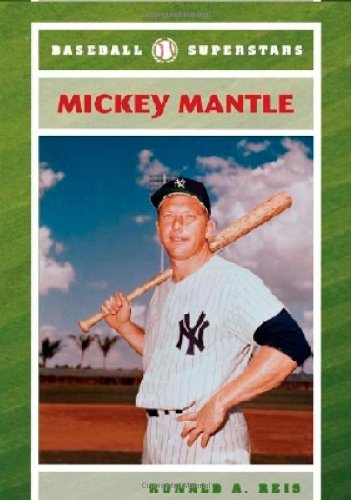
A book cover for Mickey Mantle (Baseball Superstars); Ronald A. Reis; Teen & Young Adult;